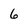
Character: 6